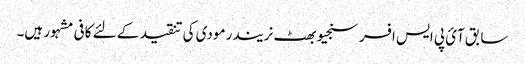
سابق آئ پی ایس افسر سنجیو بھٹ نریندر مودی کی تنقید کے لئے کافی مشہور ہیں۔